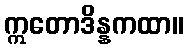
ဣတောဒိန္နကထာ။